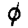
Digit: 0